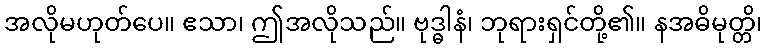
အလိုမဟုတ်ပေ။ ဧသာ၊ ဤအလိုသည်။ ဗုဒ္ဓါနံ၊ ဘုရားရှင်တို့၏။ နအဓိမုတ္တိ၊